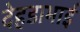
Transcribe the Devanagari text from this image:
देहडाभाई